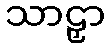
သာဠှာ